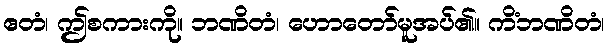
ဧတံ၊ ဤစကားကို။ ဘဏိတံ၊ ဟောတော်မူအပ်၏။ ကိံဘဏိတံ၊